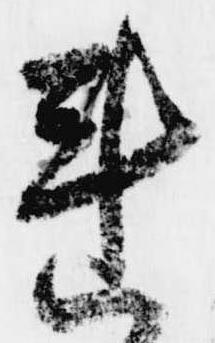
連